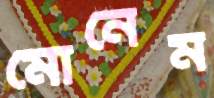
মোনেম